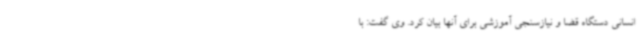
انسانی دستگاه قضا و نیازسنجی آموزشی برای آنها بیان کرد. وی گفت: با